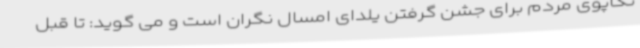
تکاپوی مردم برای جشن گرفتن یلدای امسال نگران است و می گوید: تا قبل